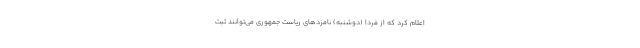
اعلام کرد که از فردا (دوشنبه) نامزدهای ریاست جمهوری می‌توانند ثبت